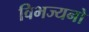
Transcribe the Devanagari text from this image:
विभज्यनो